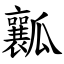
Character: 瓤